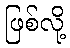
ဖြစ်လို့